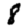
Digit: 8